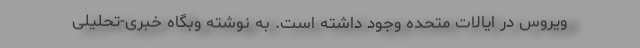
ویروس در ایالات متحده وجود داشته است. به نوشته وبگاه خبری-تحلیلی